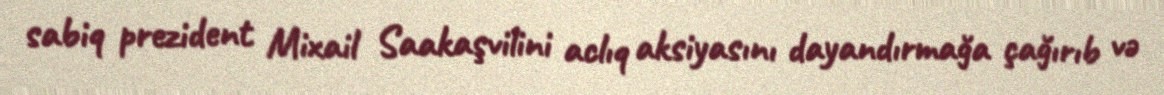
sabiq prezident Mixail Saakaşvilini aclıq aksiyasını dayandırmağa çağırıb və